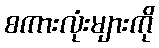
စကားလုံးများကို